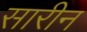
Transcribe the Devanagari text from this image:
सारीन